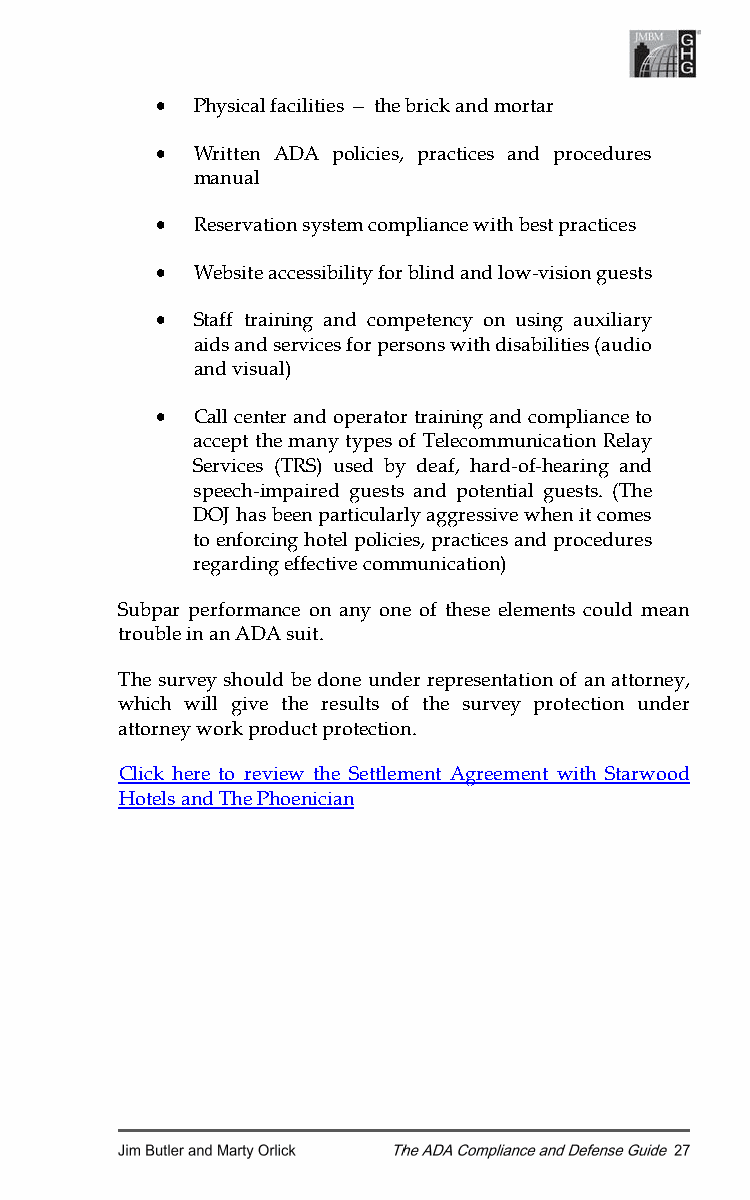
•  Physical facilities — the brick and mortar
 •  Written ADA policies, practices and procedures
 manual
 •  Reservation system compliance with best practices
 •  Website accessibility for blind and low-vision guests
 •  Staff training and competency on using auxiliary
 aids and services for persons with disabilities (audio
 and visual)
 •  Call center and operator training and compliance to
 accept the many types of Telecommunication Relay
 Services (TRS) used by deaf, hard-of-hearing and
 speech-impaired guests and potential guests. (The
 DOJ has been particularly aggressive when it comes
 to enforcing hotel policies, practices and procedures
 regarding effective communication)
 Subpar performance on any one of these elements could mean
 trouble in an ADA suit.
 The survey should be done under representation of an attorney,
 which will give the results of the survey protection under
 attorney work product protection.
 Click here to review the Settlement Agreement with Starwood
 Hotels and The Phoenician